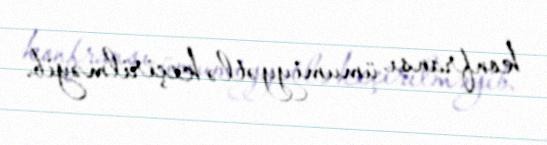
konfransı ümumiyyətlə keçirilməyib.